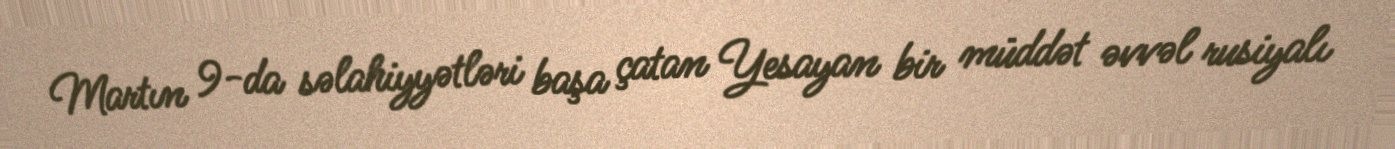
Martın 9-da səlahiyyətləri başa çatan Yesayan bir müddət əvvəl rusiyalı